Bréfritari: Malene Jensdóttir
Viðtakandi: Páll Pálsson
Dagsetning: A-1823-01-12
Skrifað á: Hallfreðarstöðum  N-Múl.

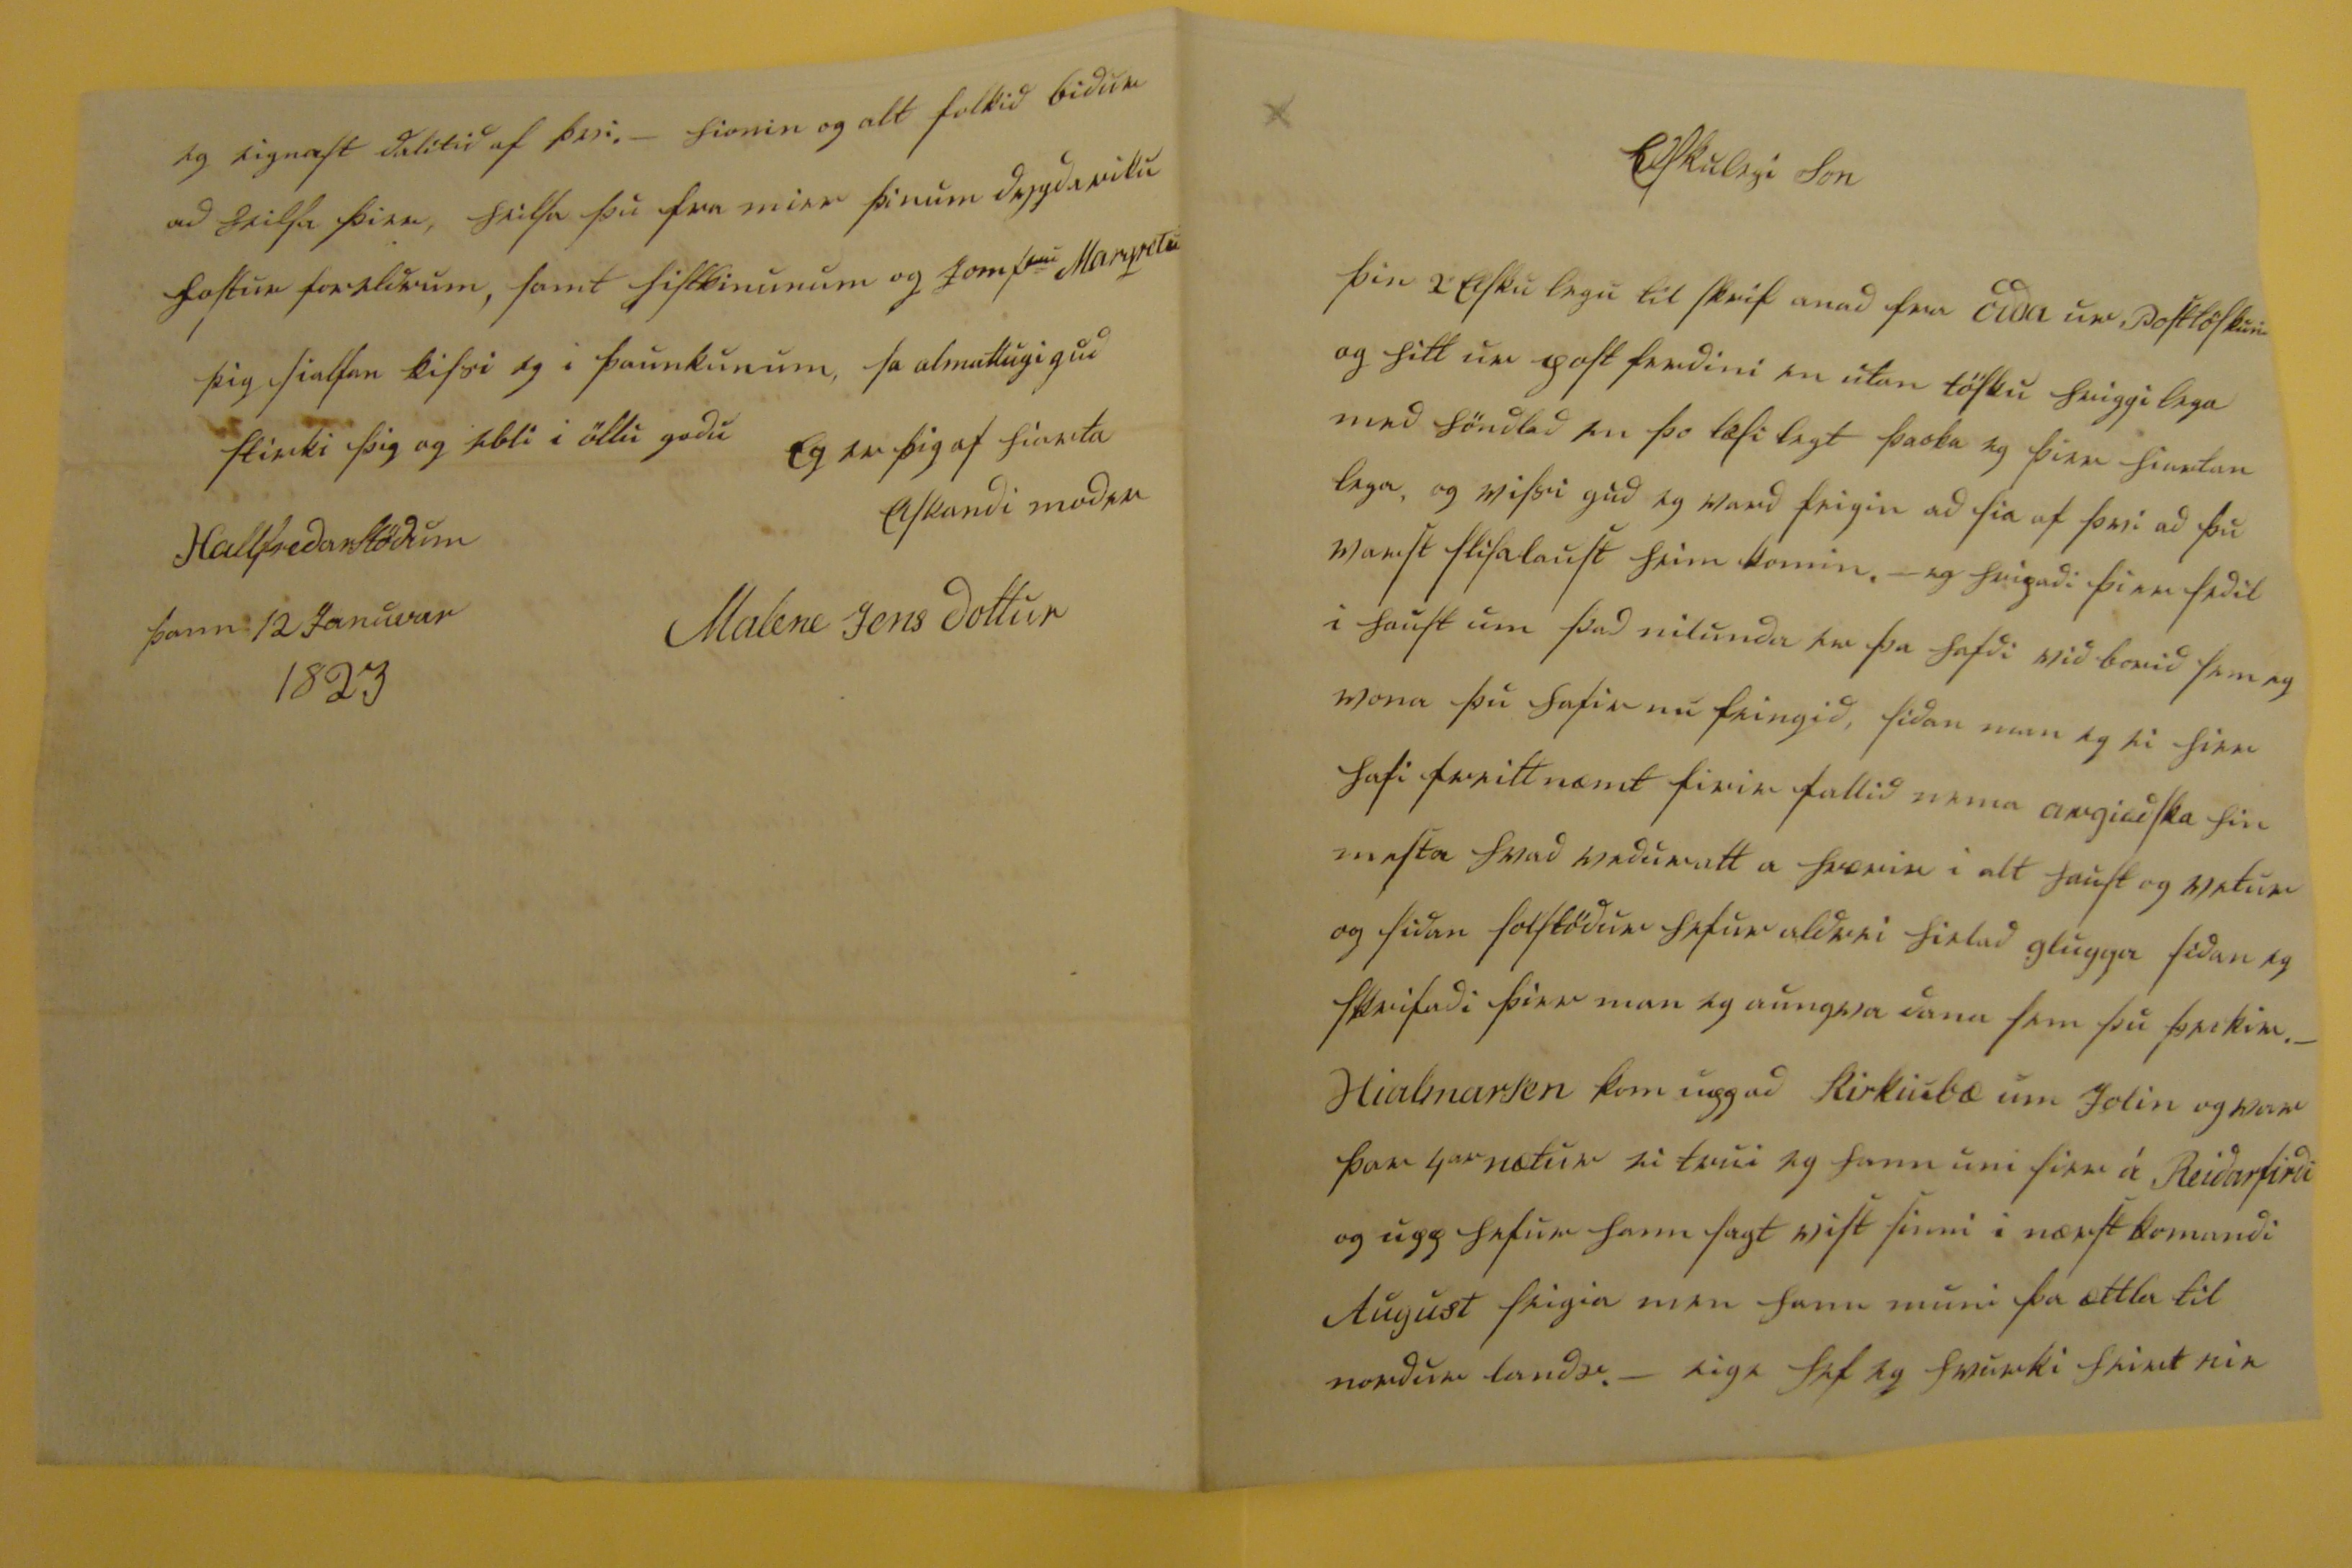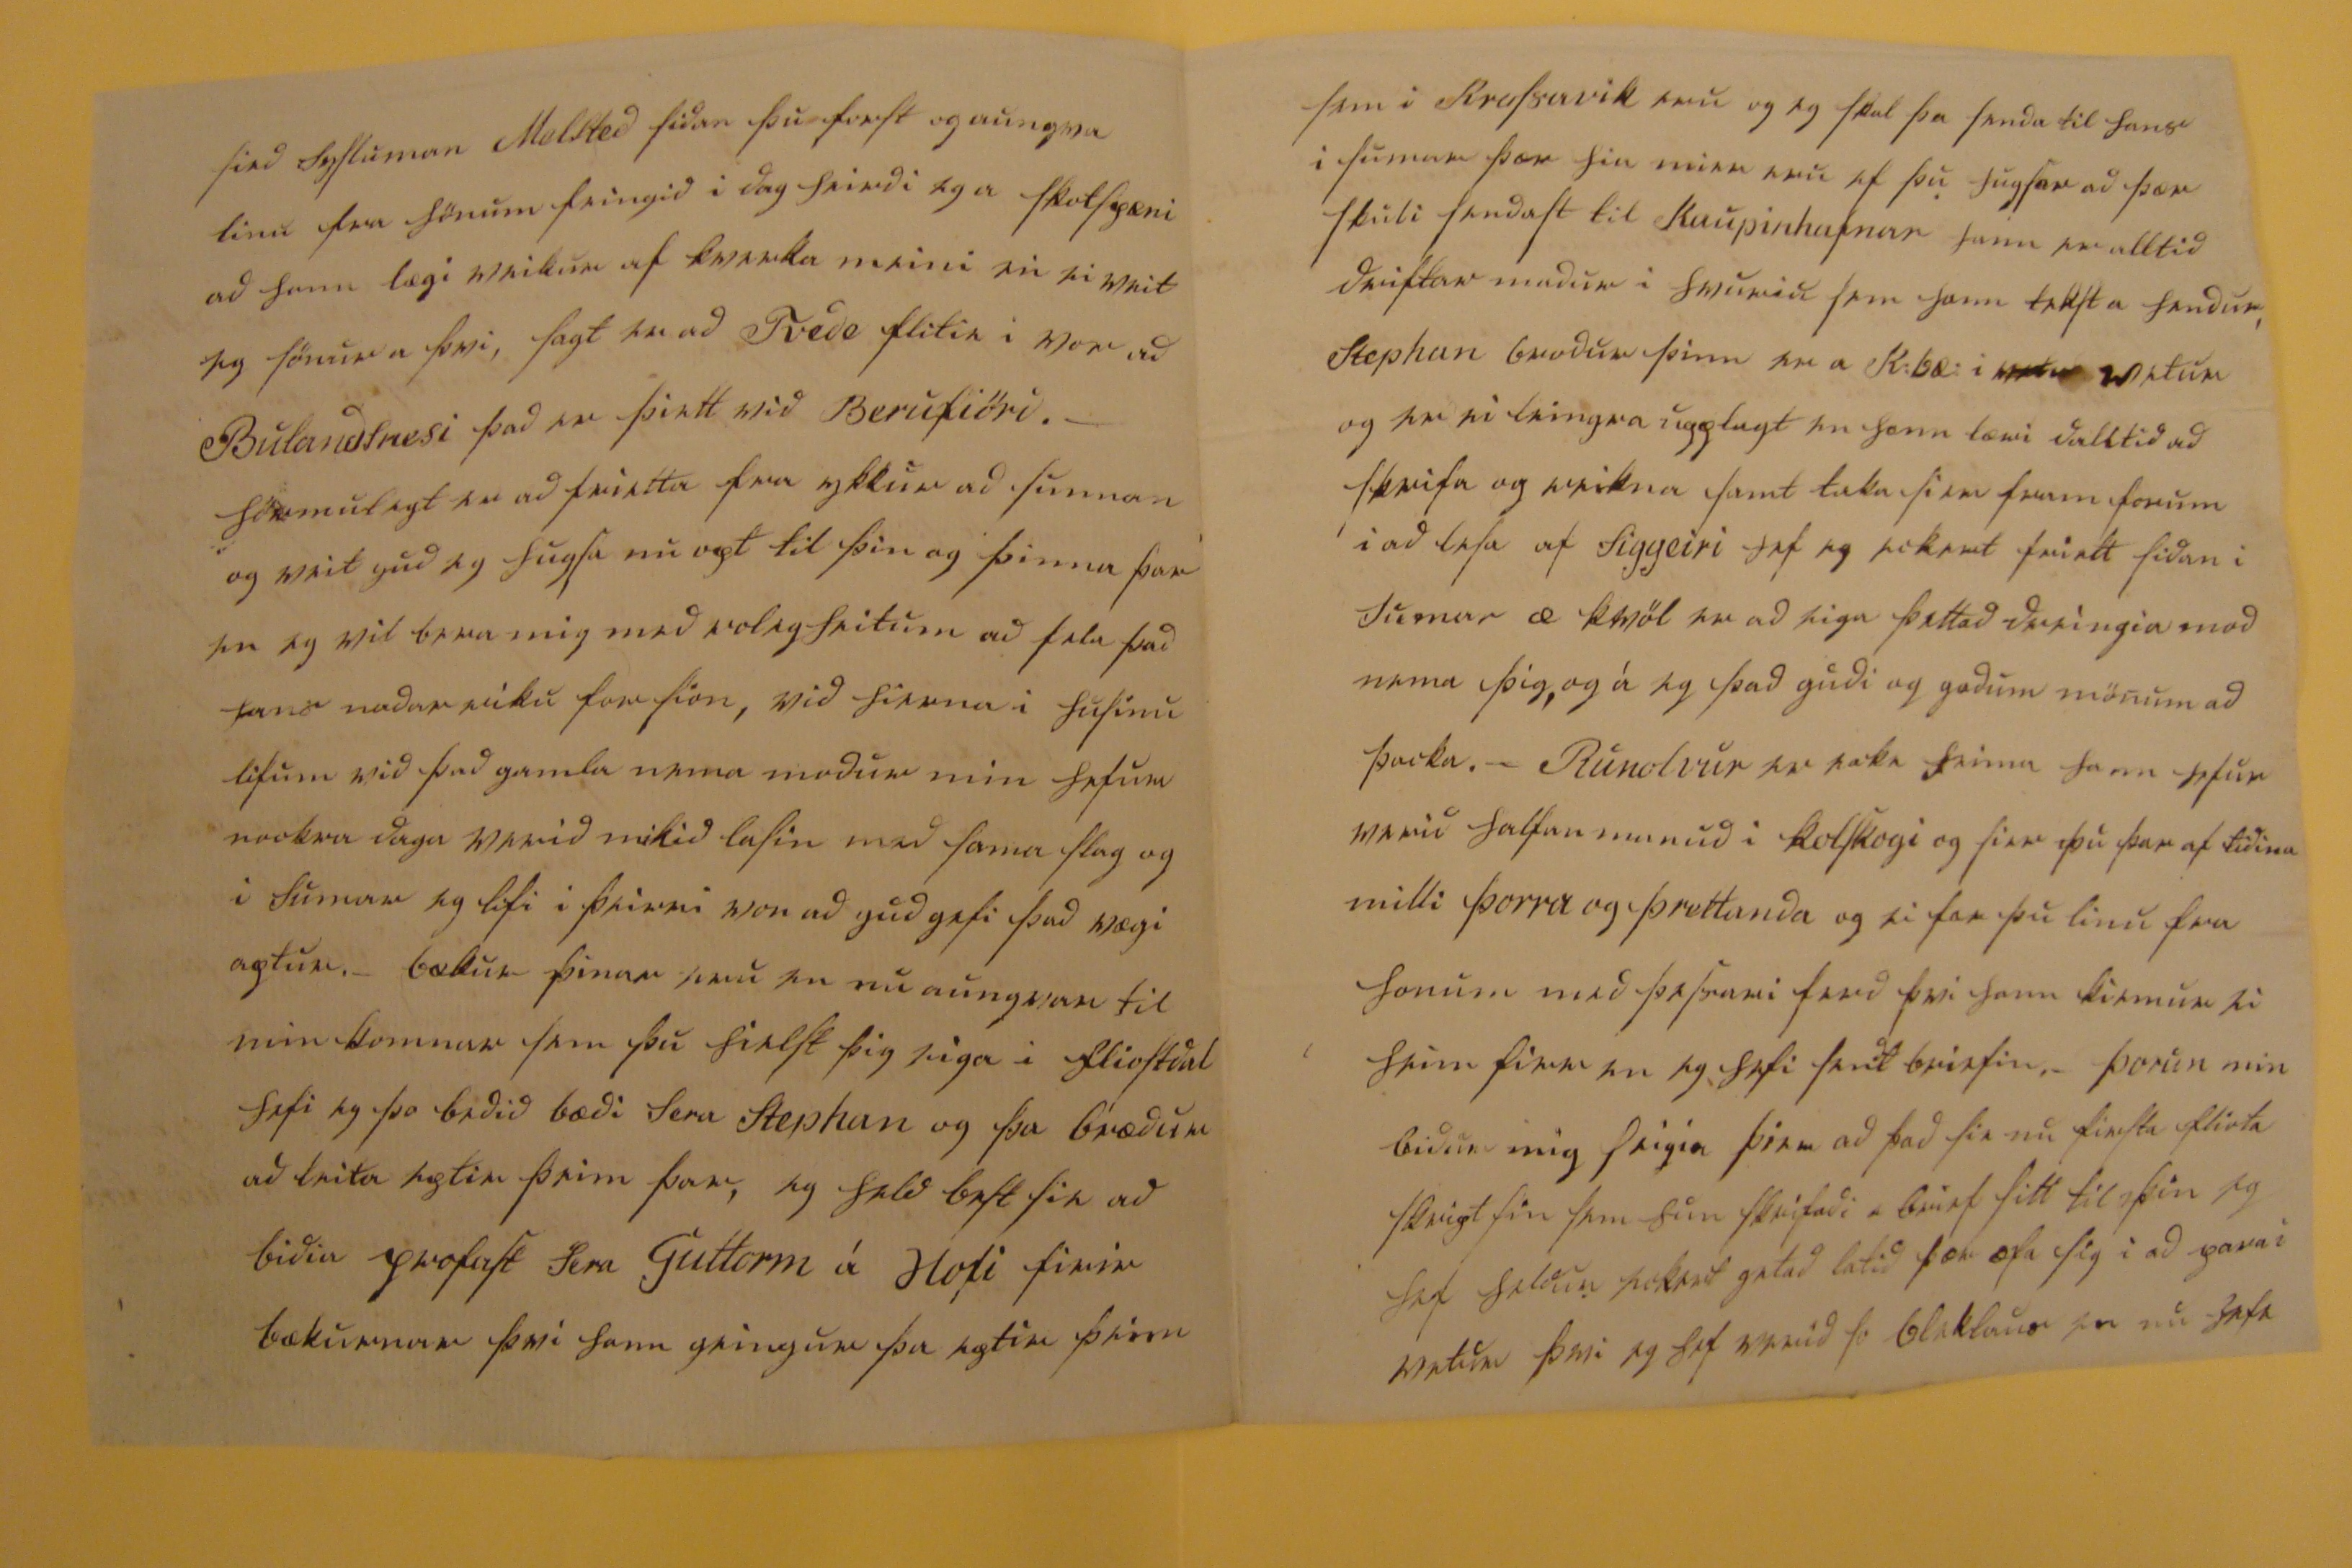

Elskulegi Son
þin 2 elskulegu til skrif anad fra odda ur Posttöskuni og hitt ur post ferdini en utan tösku hriggilega med höndlad en þo læsilegt þacka eg þier hiartan lega og vissi gud eg vard feigin ad sia af þvi ad þu varst slisalaust heim komin. - eg hripadi þier sedil i haust um það
nilunda
er þa hafdi vid borid sem eg vona þu hafir nu feingid, sidan man eg ei hier hafi friettnæmt firir fallid nema
00giadska
hin mesta hvad veduratt a hrærir i alt haust og vetur og sidan solstödur hefur aldrei hielad glugga sidan eg skrifadi þier man eg aungva dana sem þu þeckir. _ Hjalmarsen kom uppad Kirkiubæ um Jolin og var þar 4
ar
nætur ei trui eg hann uni sier a Reidarfirdi og upp hefur hann sagt vist sinni i nærst komandi August seigia men hann muni þa ættla til nordur lands. _ eigi hef eg hvurki heirt nie
sied Sysluman Melsted sidan þu forst og aungva linu fra hönum feingid i dag heirdi eg a skotspæni ad hann lægi veikur af
kverka
meini en ei veit eg sönur a þvi, sagt er ad
Tvede
flitia i vor ad Bulandsnesi þad er þiett vid Berufiörd. _
hörmulegt er ad frietta fra ykkur ad sunnan og veit gud eg hugsa nu opt til þin og þinna þar en eg vil bera mig med
voligheitum
ad fela þad hans nadarriku forsion, vid hierna i husinu lifum vid þad gamla nema modur min hefur nockra daga verid mikid lasin med sama slag og i Sumar eg lifi i þeirri von ad gud gefi þad vægi aptur. _ bækur þinar eru en nu aungvar til min komnar sem þu hielst þig eiga i
fliostdal
hefi eg þo bedid bædi Sera Stephan og þa brædur ad leita eptir þeim þar, eg held best sie ad bidia profast Sera Guttorm a Hofi firir bækurnar þvi hann geingur þa eptir þeim
sem i Krossavik eru og eg skal þa senda til hans i sumar þær hia mier eru ef þu hugsar ad þær skuli sendast til Kaupinhafnar hann er alltid driftar madur i hvuriu sem hann tekst a hendur, Stephan brodur þinn er a K.bæ í
0000
vetur og er ei leingra upplagt en hann læri dalitid ad skrifa og reikna samt taka sier fram forum i ad lesa af Siggeiri hef eg eckert friett sidan i sumar æ kvöl er ad eiga þettad dreingia
mod
nema þig, og á eg þad gudi og godum mönum ad þacka. _ Runolvur er ecki heima hann hefur verid halfan manud i kolskogi og sier þu þar af tidina milli þorra og þrettanda og ei fær þu linu fra honum med þa
frami
ferd þvi hann kemur ei heim firr en eg hefi sendt brefin. _ Þorun min bidur mig seigia þier ad þad sie nu firsta fliota skript sin sem hun skrifadi a brief sitt til þin eg hef heldur eckert getad latid þær æfa sig i ad gera i vetur þvi eg hef verid so bleklaus en nu hafa
eg eignast dalitid af þvi. _ hionin og alt folkid bidur ad heilsa þier, heilsa þu fra mier þinum dygdariku fostur foreldrum, samt sistkinunum og Jomf
rú
Margretu
þig sialfan kissi eg i þaunkunum, sa almattugi gud stirki þig og ebli i öllu godu
eg er þig af hiarta elskandi modir
Malene Jensdottir
Hallfredarstödum
þann 12 Januvar 1823